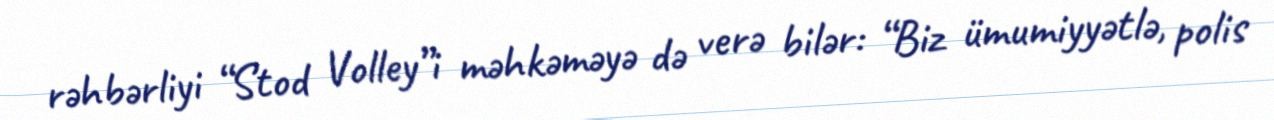
rəhbərliyi “Stod Volley”i məhkəməyə də verə bilər: “Biz ümumiyyətlə, polis